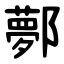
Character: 鄸